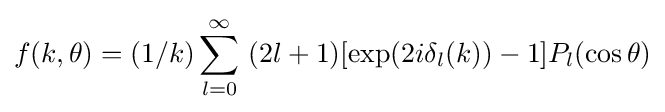
f(k,\theta )=(1/k)\sum _{l=0}^{\infty }\ (2l+1)[\exp(2i\delta _{l}(k))-1]P_{l}(\cos \theta )